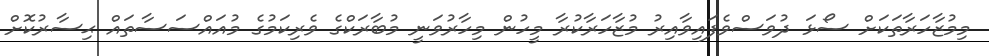
މިމުޒާހަރާތަކަށް ސޯޅަ ދުވަސްވެފައިވާއިރު މުޒާހަރާކުރާ މީހުން މިހާރުވަނީ މުބާރަކްގެ ވެރިކަމުގެ މުއައްސަސާތައް ޙިސާރުކޮށް